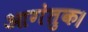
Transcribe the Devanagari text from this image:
आगंतुक।